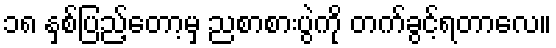
၁၈ နှစ်ပြည့်တော့မှ ညစာစားပွဲကို တက်ခွင့်ရတာလေ။